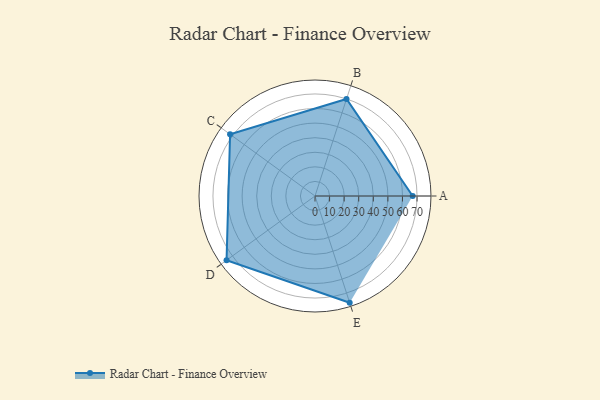
{"axis": {"x": "Skill", "y": "Score"}, "legend": ["Profile"], "data": [{"x": "A", "y": 67.0, "type": "Profile"}, {"x": "B", "y": 70.0, "type": "Profile"}, {"x": "C", "y": 72.0, "type": "Profile"}, {"x": "D", "y": 75.0, "type": "Profile"}, {"x": "E", "y": 77.0, "type": "Profile"}]}